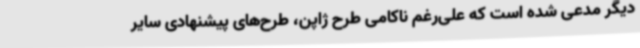
دیگر مدعی شده است که علی‌رغم ناکامی طرح ژاپن، طرح‌های پیشنهادی سایر